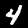
Label: 4